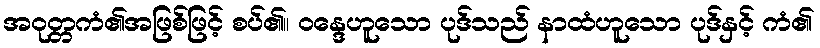
အဝုတ္တကံ၏အဖြစ်ဖြင့် စပ်၏။ ဝန္ဒေဟူသော ပုဒ်သည် နာထံဟူသော ပုဒ်နှင့် ကံ၏